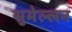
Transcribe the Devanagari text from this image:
सुमेल्लन